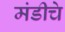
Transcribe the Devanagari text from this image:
मंडीचे